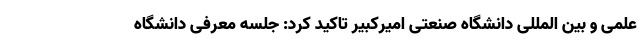
علمی و بین المللی دانشگاه صنعتی امیرکبیر تاکید کرد: جلسه معرفی دانشگاه